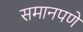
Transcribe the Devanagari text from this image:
समानपणे